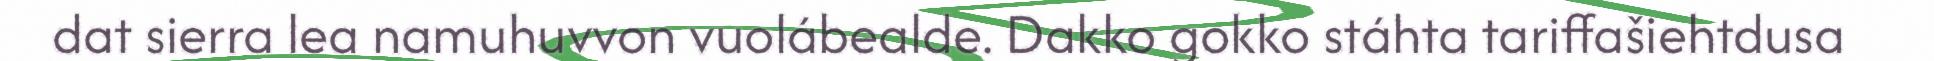
dat sierra lea namuhuvvon vuolábealde. Dakko gokko stáhta tariffašiehtdusa